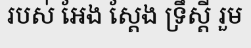
របស់ អែង ស្តែង ទ្រឹស្តី រួម